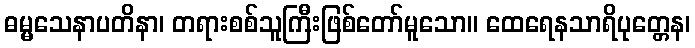
ဓမ္မသေနာပတိနာ၊ တရားစစ်သူကြီးဖြစ်တော်မူသော။ ထေရေနသာရိပုတ္တေန၊